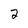
Character: 2